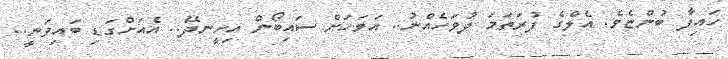
ހައިފާ ބުންޏެވެ. އެލްގެ ފުރަތަމަ ދުވަހެއްނު.. އަވަހަށް ސައިބޯން އިށީނދޭ.. އެއަށްގަޑި ބައިވަނީ..